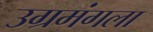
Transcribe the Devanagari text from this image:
उग्रमंगला